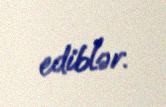
ediblər.